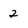
Character: 2